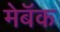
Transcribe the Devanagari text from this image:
मेबॅक